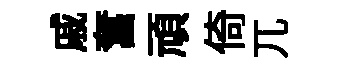
戚奮頑倚兀